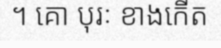
។ គោ បុរៈ ខាងកើត